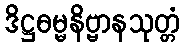
ဒိဋ္ဌဓမ္မနိဗ္ဗာနသုတ္တံ